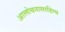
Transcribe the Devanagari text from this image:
आलोचनासाहित्य